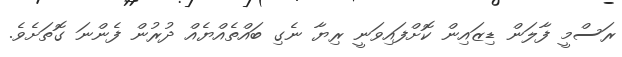
ރަސްމީ ފާލަން ޑިޒައިން ކޮށްފައިވަނީ ރިޔާ ނެގި ބައްތެއްޔެއް ދުުރުން ފެންނަ ގޮތަށެވެ.